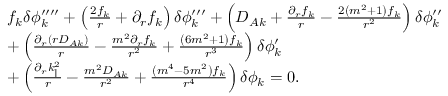
\begin{array} { r l } & { f _ { k } \delta \phi _ { k } ^ { \prime \prime \prime \prime } + \left( \frac { 2 f _ { k } } { r } + \partial _ { r } f _ { k } \right) \delta \phi _ { k } ^ { \prime \prime \prime } + \left( D _ { A { k } } + \frac { \partial _ { r } f _ { k } } { r } - \frac { 2 \left( m ^ { 2 } + 1 \right) f _ { k } } { r ^ { 2 } } \right) \delta \phi _ { k } ^ { \prime \prime } } \\ & { + \left( \frac { \partial _ { r } \left( r D _ { A { k } } \right) } { r } - \frac { m ^ { 2 } \partial _ { r } f _ { { k } } } { r ^ { 2 } } + \frac { \left( 6 m ^ { 2 } + 1 \right) f _ { k } } { r ^ { 3 } } \right) \delta \phi _ { k } ^ { \prime } } \\ & { + \left( \frac { \partial _ { r } k _ { \parallel } ^ { 2 } } { r } - \frac { m ^ { 2 } D _ { A { k } } } { r ^ { 2 } } + \frac { \left( m ^ { 4 } - 5 m ^ { 2 } \right) f _ { { k } } } { r ^ { 4 } } \right) \delta \phi _ { k } = 0 . } \end{array}